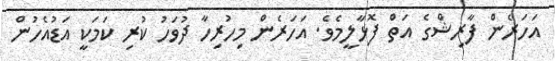
އަހަރެން ފާރިޝްގެ އަތް ފޮޅާލީމެވެ. އަހަރެން މިހުރިހާ ދުވަހު ކުރި ކަމަކީ އަޑުއެހުން